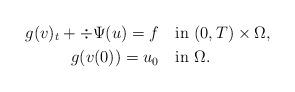
LaTeX: \begin{align*} g(v)_t+\div \Psi(u)=f&\quad{\rm in}\ (0,T)\times\Omega,\\ g(v(0))=u_0&\quad{\rm in}\ \Omega. \end{align*}